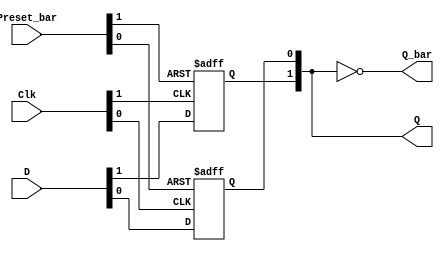
// Dual D flip-flop with set; positive-edge-triggered

// Note: Preset_bar is asynchronous as specified in datasheet for this device,
//ignored Clear_bar, for implementations that don't use the Clear input
`default_nettype none
`timescale 1ns/1ns

module ttl_7474_pre #(parameter BLOCKS = 2, DELAY_RISE = 0, DELAY_FALL = 0)
(
  input wire [BLOCKS-1:0] Preset_bar,
  input wire [BLOCKS-1:0] D,
  input wire [BLOCKS-1:0] Clk,
  output wire [BLOCKS-1:0] Q,
  output wire [BLOCKS-1:0] Q_bar
);

//------------------------------------------------//
reg [BLOCKS-1:0] Q_current;

generate
  genvar i;
  for (i = 0; i < BLOCKS; i = i + 1)
  begin: gen_blocks
    initial Q_current[i] = 1'b0; //supposition
    always @(posedge Clk[i] or negedge Preset_bar[i])
    begin
      if (!Preset_bar[i])
        Q_current[i] <= 1'b1;
      else
      begin
        Q_current[i] <= D[i];
      end
    end
  end
endgenerate
//------------------------------------------------//

assign #(DELAY_RISE, DELAY_FALL) Q = Q_current;
assign #(DELAY_RISE, DELAY_FALL) Q_bar = ~Q_current;

endmodule